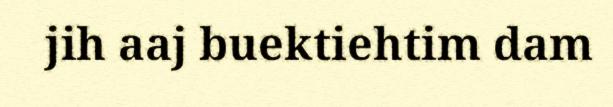
jih aaj buektiehtim dam